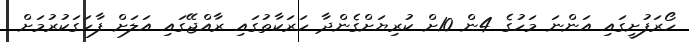
ހޯރަފުށީގައި އަންނަ މަހުގެ 4ން 10ށް ކުރިޔަށްގެންދާ ހަރަކާތުގައި ރާއްޖޭގައި އަލަށް ފާހަގަކުރުމަށް